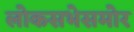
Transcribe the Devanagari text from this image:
लोकसभेसमोर